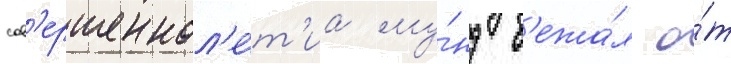
сов'ершеннол'е́т'иа му́нд б'ежа́л о́т